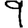
Digit: 9